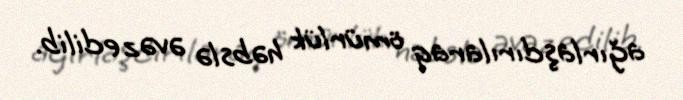
ağırlaşdırılaraq ömürlük həbslə əvəz edilib.